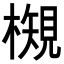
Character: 𭬉